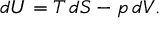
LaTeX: d U = T \, d S - p \, d V .